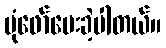
ပုံဖော်ပေးခဲ့ပါတယ်။